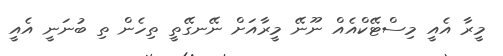
މީރާ އެއީ މިސްޓޭކްއެއް ނޫނޭ މީރާއަށް ނޭނގޭތީ ތިހެން ތި ބުނަނީ އެއީ